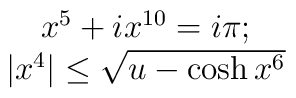
\begin{array}{c}x^5+ix^{10}=i\pi;\\|x^4|\leq \sqrt{u-\cosh x^6}\end{array}